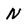
Character: N